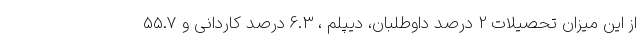
از این میزان تحصیلات 2 درصد داوطلبان، دیپلم ، 6.3 درصد کاردانی و 55.7